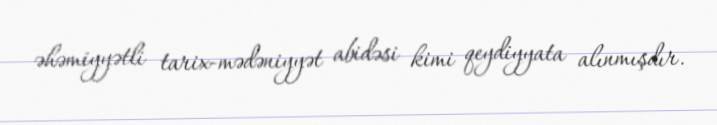
əhəmiyyətli tarix-mədəniyyət abidəsi kimi qeydiyyata alınmışdır.